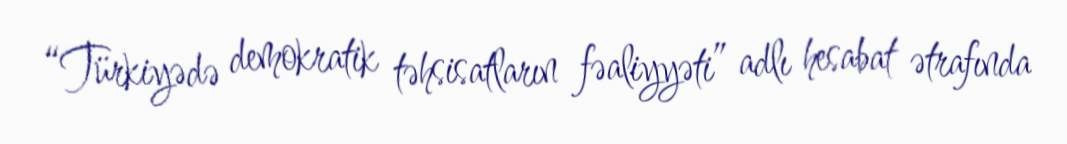
“Türkiyədə demokratik təhsisatların fəaliyyəti” adlı hesabat ətrafında